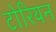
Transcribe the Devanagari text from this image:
टोरियन